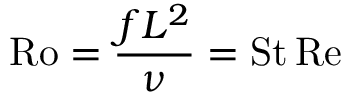
\mathrm { R o } = { \frac { f L ^ { 2 } } { \nu } } = \mathrm { S t } \, \mathrm { R e }